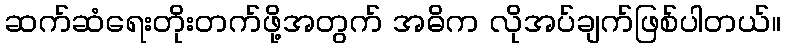
ဆက်ဆံရေးတိုးတက်ဖို့အတွက် အဓိက လိုအပ်ချက်ဖြစ်ပါတယ်။